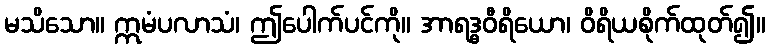
မသိသော။ ဣမံပလာသံ၊ ဤပေါက်ပင်ကို။ အာရဒ္ဓဝီရိယော၊ ဝိရိယစိုက်ထုတ်၍။